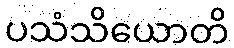
ပသံသိယောတိ